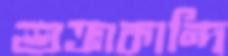
শুক্রাকান্দি